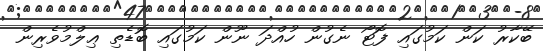
ބޭކާރު ކަން ކަމުގައި ފޮޓޯ ނެގުން ހުއްދަ ނޫން ކަމުގައި ބޮޑެތި ޢިލްމުވެރިން